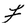
Character: F